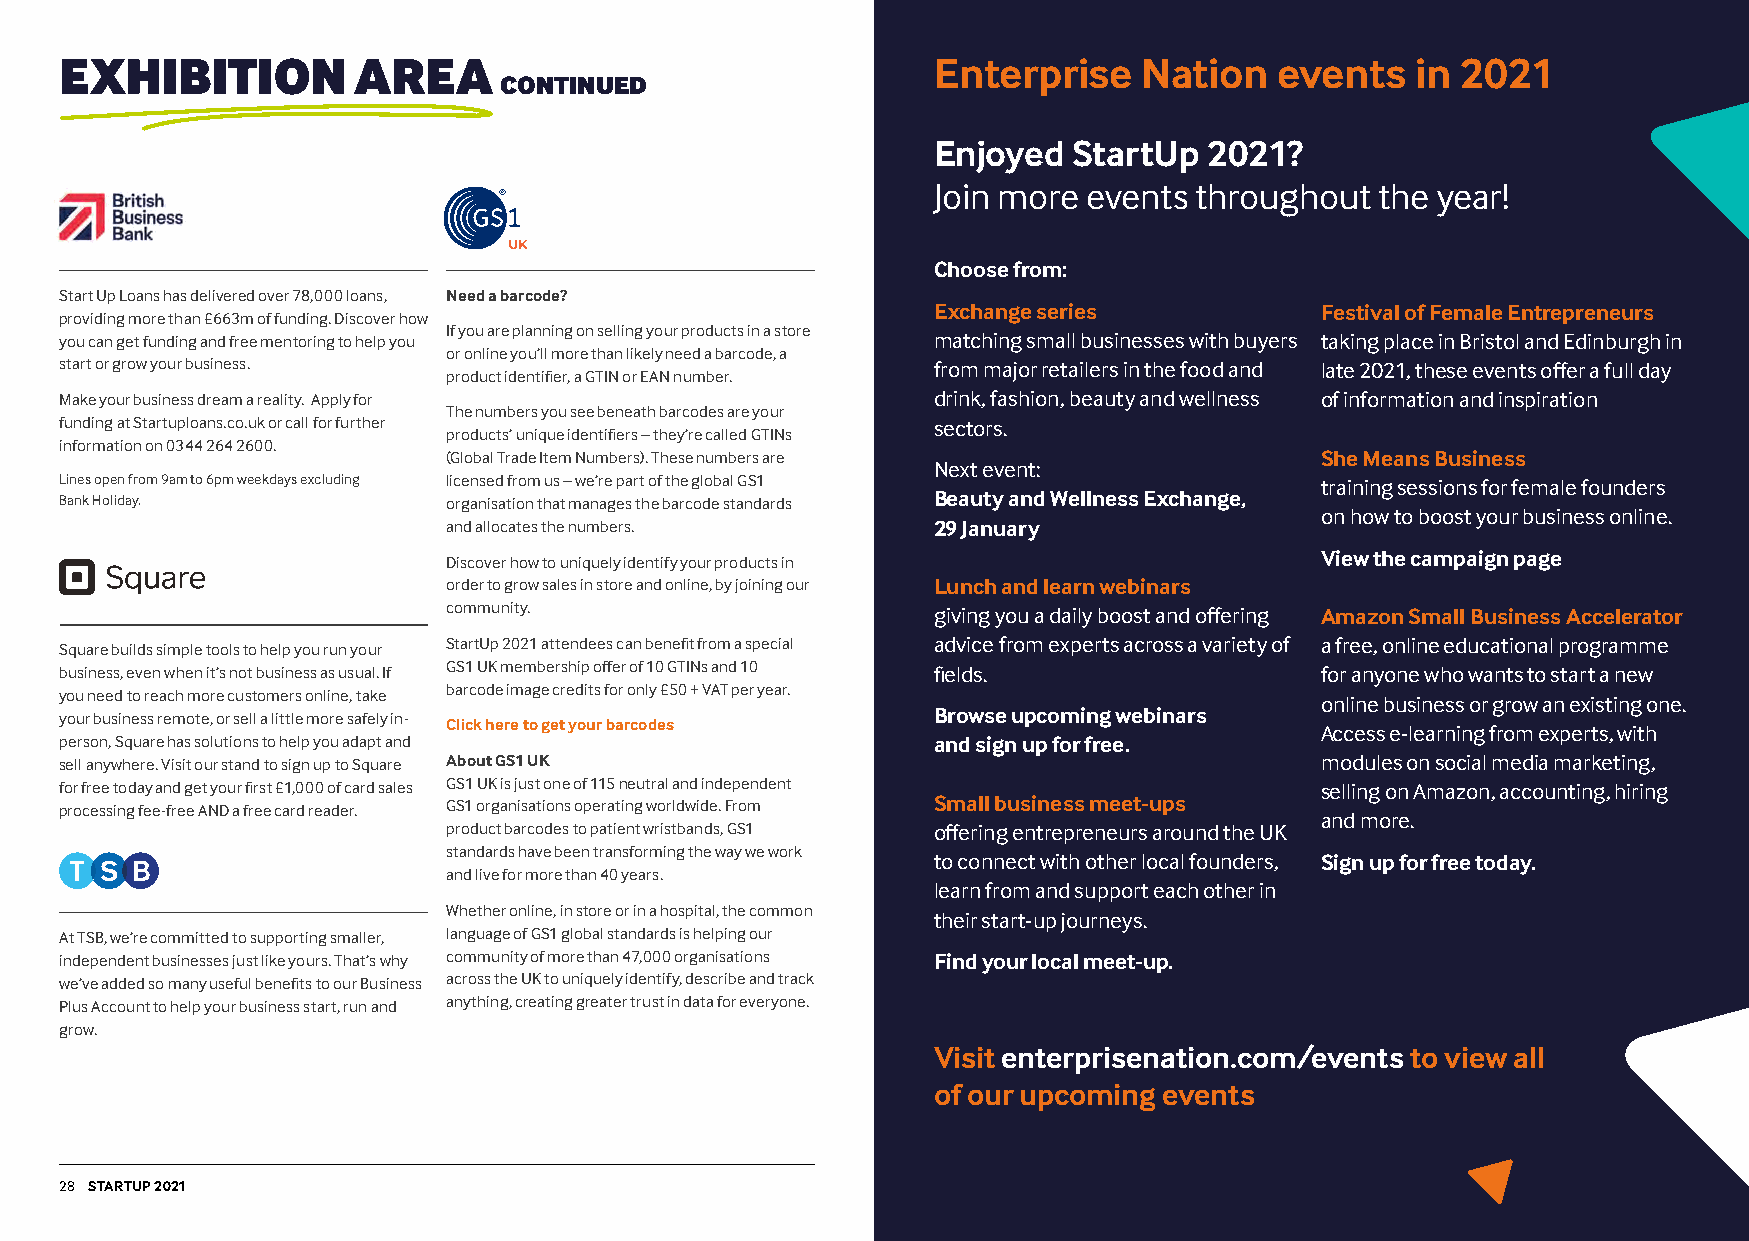
EXHIBITION         AREA                                   Enterprise    Nation   events   in 2021
 CONTINUED
 Enjoyed  StartUp  2021?
 Join more events throughout  the year!
 Choose from:
 Start Up Loans has delivered over 78,000 loans, Need a barcode?
 Exchange series          Festival of Female Entrepreneurs
 providing more than £663m of funding. Discover how
 If you are planning on selling your products in a store
 you can get funding and free mentoring to help you        matching small businesses with buyers taking place in Bristol and Edinburgh in
 or online you’ll more than likely need a barcode, a
 start or grow your business.                              from major retailers in the food and late 2021, these events offer a full day
 product identifier, a GTIN or EAN number.
 Make your business dream a reality. Apply for             drink, fashion, beauty and wellness of information and inspiration
 The numbers you see beneath barcodes are your
 funding at Startuploans.co.uk or call for further         sectors.
 products’ unique identifiers – they’re called GTINs
 information on 0344 264 2600.
 (Global Trade Item Numbers). These numbers are           She Means Business
 Next event:
 Lines open from 9am to 6pm weekdays excluding licensed from us – we’re part of the global GS1 training sessions for female founders
 Bank Holiday.             organisation that manages the barcode standards Beauty and Wellness Exchange,
 on how to boost your business online.
 and allocates the numbers.      29 January
 View the campaign page
 Discover how to uniquely identify your products in
 order to grow sales in store and online, by joining our Lunch and learn webinars
 community.                      giving you a daily boost and offering Amazon Small Business Accelerator
 Square builds simple tools to help you run your StartUp 2021 attendees can benefit from a special advice from experts across a variety of a free, online educational programme
 business, even when it’s not business as usual. If GS1 UK membership offer of 10 GTINs and 10 fields. for anyone who wants to start a new
 you need to reach more customers online, take barcode image credits for only £50 + VAT per year. online business or grow an existing one.
 your business remote, or sell a little more safely in-    Browse upcoming webinars
 Click here to get your barcodes                          Access e-learning from experts, with
 person, Square has solutions to help you adapt and        and sign up for free.
 sell anywhere. Visit our stand to sign up to Square About GS1 UK                   modules on social media marketing,
 for free today and get your first £1,000 of card sales GS1 UK is just one of 115 neutral and independent selling on Amazon, accounting, hiring
 processing fee-free AND a free card reader. GS1 organisations operating worldwide. From Small business meet-ups
 and more.
 product barcodes to patient wristbands, GS1 offering entrepreneurs around the UK
 standards have been transforming the way we work
 to connect with other local founders, Sign up for free today.
 and live for more than 40 years.
 learn from and support each other in
 Whether online, in store or in a hospital, the common
 their start-up journeys.
 At TSB, we’re committed to supporting smaller, language of GS1 global standards is helping our
 independent businesses just like yours. That’s why community of more than 47,000 organisations Find your local meet-up.
 we’ve added so many useful benefits to our Business across the UK to uniquely identify, describe and track
 Plus Account to help your business start, run and anything, creating greater trust in data for everyone.
 grow.
 Visit enterprisenation.com/events to view all
 of our upcoming events
 28 STARTUP 2021